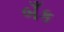
બઁક